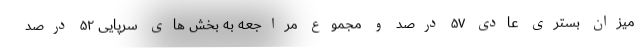
میزان بستری عادی ۵۷ درصد و مجموع مراجعه به بخش های سرپایی ۵۲ درصد